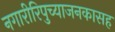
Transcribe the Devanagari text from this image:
नगारीरिपुच्याजनकासह